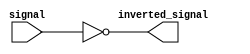
module InverterBuffer (
    input signal,
    output inverted_signal
);

assign inverted_signal = ~signal;

endmodule